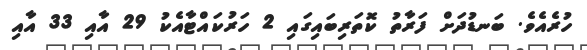
ހުރެއެވެ. ބަނޑުދަށް ފަރާތު ކޮތަރިބައިގައި 2 ހަރުކައްޓާއެކު 29 އާއި 33 އާއި